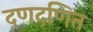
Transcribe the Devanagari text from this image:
दणदणित